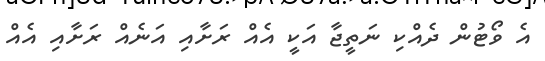
އެ ވޯޓުން ދެއްކި ނަތީޖާ އަކީ އެއް ރަށާއި އަނެއް ރަށާއި އެއް